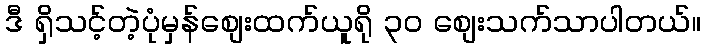
ဒီ ရှိသင့်တဲ့ပုံမှန်စျေးထက်ယူရို ၃၀ စျေးသက်သာပါတယ်။